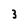
Character: 3